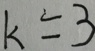
k = 3